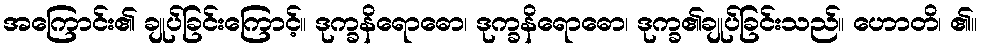
အကြောင်း၏ ချုပ်ခြင်းကြောင့်။ ဒုက္ခနိရောဓော၊ ဒုက္ခနိရောဓော၊ ဒုက္ခ၏ချုပ်ခြင်းသည်။ ဟောတိ၊ ၏။